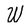
Character: W